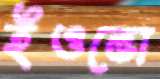
ইওভো